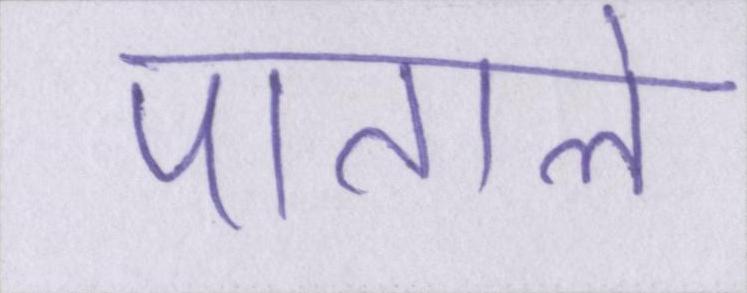
पाताले